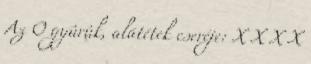
Az O gyûrûk, alátétek cseréje: X X X X